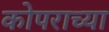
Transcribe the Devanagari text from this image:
कोपराच्या